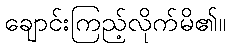
ချောင်းကြည့်လိုက်မိ၏။